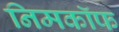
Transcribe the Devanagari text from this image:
निमकॉफ